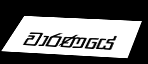
වාරණයේ